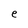
Character: e